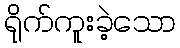
ရိုက်ကူးခဲ့သော